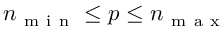
n _ { \mathrm { ~ m ~ i ~ n ~ } } \le p \le n _ { \mathrm { ~ m ~ a ~ x ~ } }